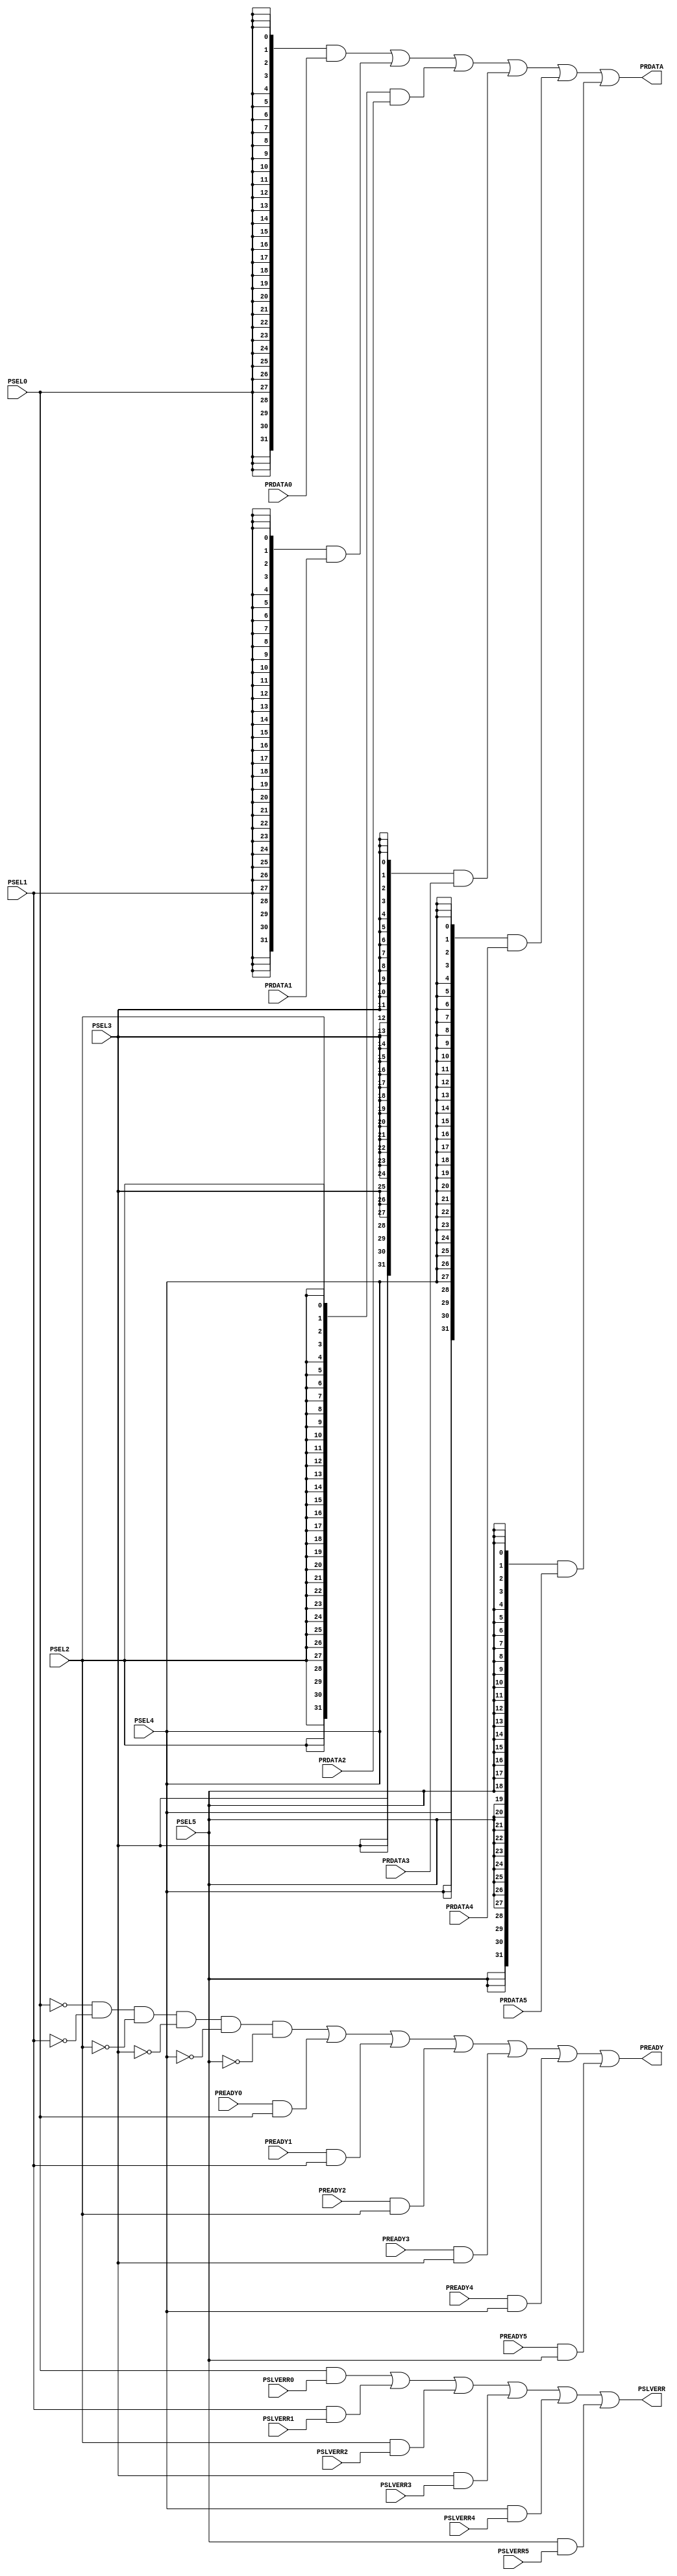
//-----------------------------------------------------------------------------
// The confidential and proprietary information contained in this file may
// only be used by a person authorised under and to the extent permitted
// by a subsisting licensing agreement from ARM Limited.
//
//            (C) COPYRIGHT 2010-2013 ARM Limited.
//                ALL RIGHTS RESERVED
//
// This entire notice must be reproduced on all copies of this file
// and copies of this file may only be made by a person if such person is
// permitted to do so under the terms of a subsisting license agreement
// from ARM Limited.
//
//      SVN Information
//
//      Checked In          : $Date: 2013-04-15 17:00:07 +0100 (Mon, 15 Apr 2013) $
//
//      Revision            : $Revision: 244029 $
//
//      Release Information : Cortex-M System Design Kit-r1p0-00rel0
//
//-----------------------------------------------------------------------------
//-----------------------------------------------------------------------------
// Abstract : APB slave multiplex
//-----------------------------------------------------------------------------
module cmsdk_apb_slave_mux
 (
// --------------------------------------------------------------------------
// Port Definitions
// --------------------------------------------------------------------------
 


/*uart 0 signals*/

  input  wire         PSEL0,
  input  wire         PREADY0,
  input  wire [31:0]  PRDATA0,
  input  wire         PSLVERR0,

/*timer signals */

  input  wire         PSEL1,
  input  wire         PREADY1,
  input  wire [31:0]  PRDATA1,
  input  wire         PSLVERR1,
  
  
/*wdog signals */


  input  wire         PSEL2,
  input  wire         PREADY2,
  input  wire [31:0]  PRDATA2,
  input  wire         PSLVERR2,
  
  
  /*dual timer signals */

  input  wire         PSEL3,
  input  wire         PREADY3,
  input  wire [31:0]  PRDATA3,
  input  wire         PSLVERR3,

  /*uart 1 signals*/
  input  wire         PSEL4,
  input  wire         PREADY4,
  input  wire [31:0]  PRDATA4,
  input  wire         PSLVERR4,

 /*spi signals*/

  input  wire         PSEL5,
  input  wire         PREADY5,
  input  wire [31:0]  PRDATA5,
  input  wire         PSLVERR5,

  output wire         PREADY,
  output wire [31:0]  PRDATA,
  output wire         PSLVERR);

  // --------------------------------------------------------------------------
  // Start of main code
  // --------------------------------------------------------------------------

 

  assign PREADY  = (~PSEL0 & ~PSEL1  & ~PSEL2  & ~PSEL3 & ~PSEL4 & ~PSEL5 ) |
                   ((PREADY0  && PSEL0) ) |
                   ((PREADY1  && PSEL1) ) |
                   ((PREADY2  && PSEL2) ) |
                   ((PREADY3  && PSEL3) ) |
                   ((PREADY4  && PSEL4) ) |
                   ((PREADY5  && PSEL5) ) 
                   ;
                

  assign PSLVERR = ( PSEL0  & PSLVERR0  ) |
                   ( PSEL1  & PSLVERR1  ) |
                   ( PSEL2  & PSLVERR2  ) |
                   ( PSEL3  & PSLVERR3  ) |
                   ( PSEL4  & PSLVERR4  ) |
                   ( PSEL5  & PSLVERR5  ) 
                   ;
                

  assign PRDATA  = ( {32{PSEL0 }} & PRDATA0  ) |
                   ( {32{PSEL1 }} & PRDATA1  ) |
                   ( {32{PSEL2 }} & PRDATA2  ) |
                   ( {32{PSEL3 }} & PRDATA3  ) |
                   ( {32{PSEL4 }} & PRDATA4  ) |
                   ( {32{PSEL5 }} & PRDATA5  ) 
                   ;
                  

endmodule